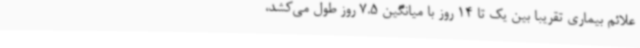
علائم بیماری تقریبا بین یک تا 14 روز با میانگین 7.5 روز طول می‌کشد،